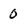
Character: 0